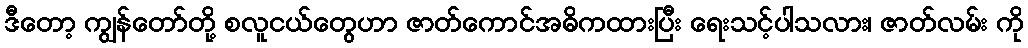
ဒီတော့ ကျွန်တော်တို့ စလူငယ်တွေဟာ ဇာတ်ကောင်အဓိကထားပြီး ရေးသင့်ပါသလား၊ ဇာတ်လမ်း ကို